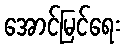
အောင်မြင်ရေး